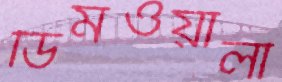
ডিমওয়ালা